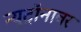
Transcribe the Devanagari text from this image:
न्यूट्रॉनावर